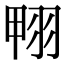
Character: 翈